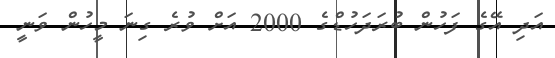
އަދި އޭގެ ފަހުން ބުރަދަހުޑްގެ 2000 އަށް ވުރެ ގިނަ މީހުން ވަނީ